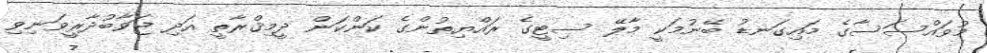
މުވައްސަސާގެ މައިގަނޑު ބޭނުމަކީ މާލޭ ސިޓީގެ ރައްޔިތުންގެ ކަންކަން ދީމިޤްރާތީ އަދި ޖަވާބުދާރީވަނިވި